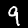
Label: 9